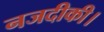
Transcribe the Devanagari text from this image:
नजदीकी।